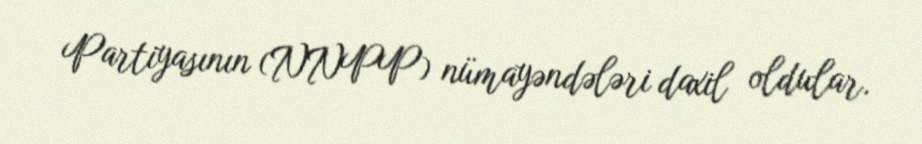
Partiyasının (NNPP) nümayəndələri daxil oldular.